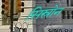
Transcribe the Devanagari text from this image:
सिस्रोन